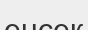
енсек